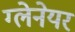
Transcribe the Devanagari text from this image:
ग्लेनेयर